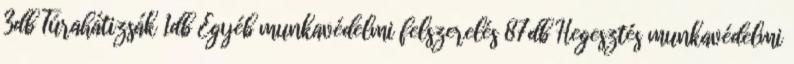
3db Túrahátizsák 1db Egyéb munkavédelmi felszerelés 87db Hegesztés munkavédelmi